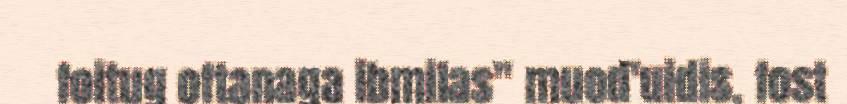
foitug oftanaga ibmilas" muod'uidis, fost